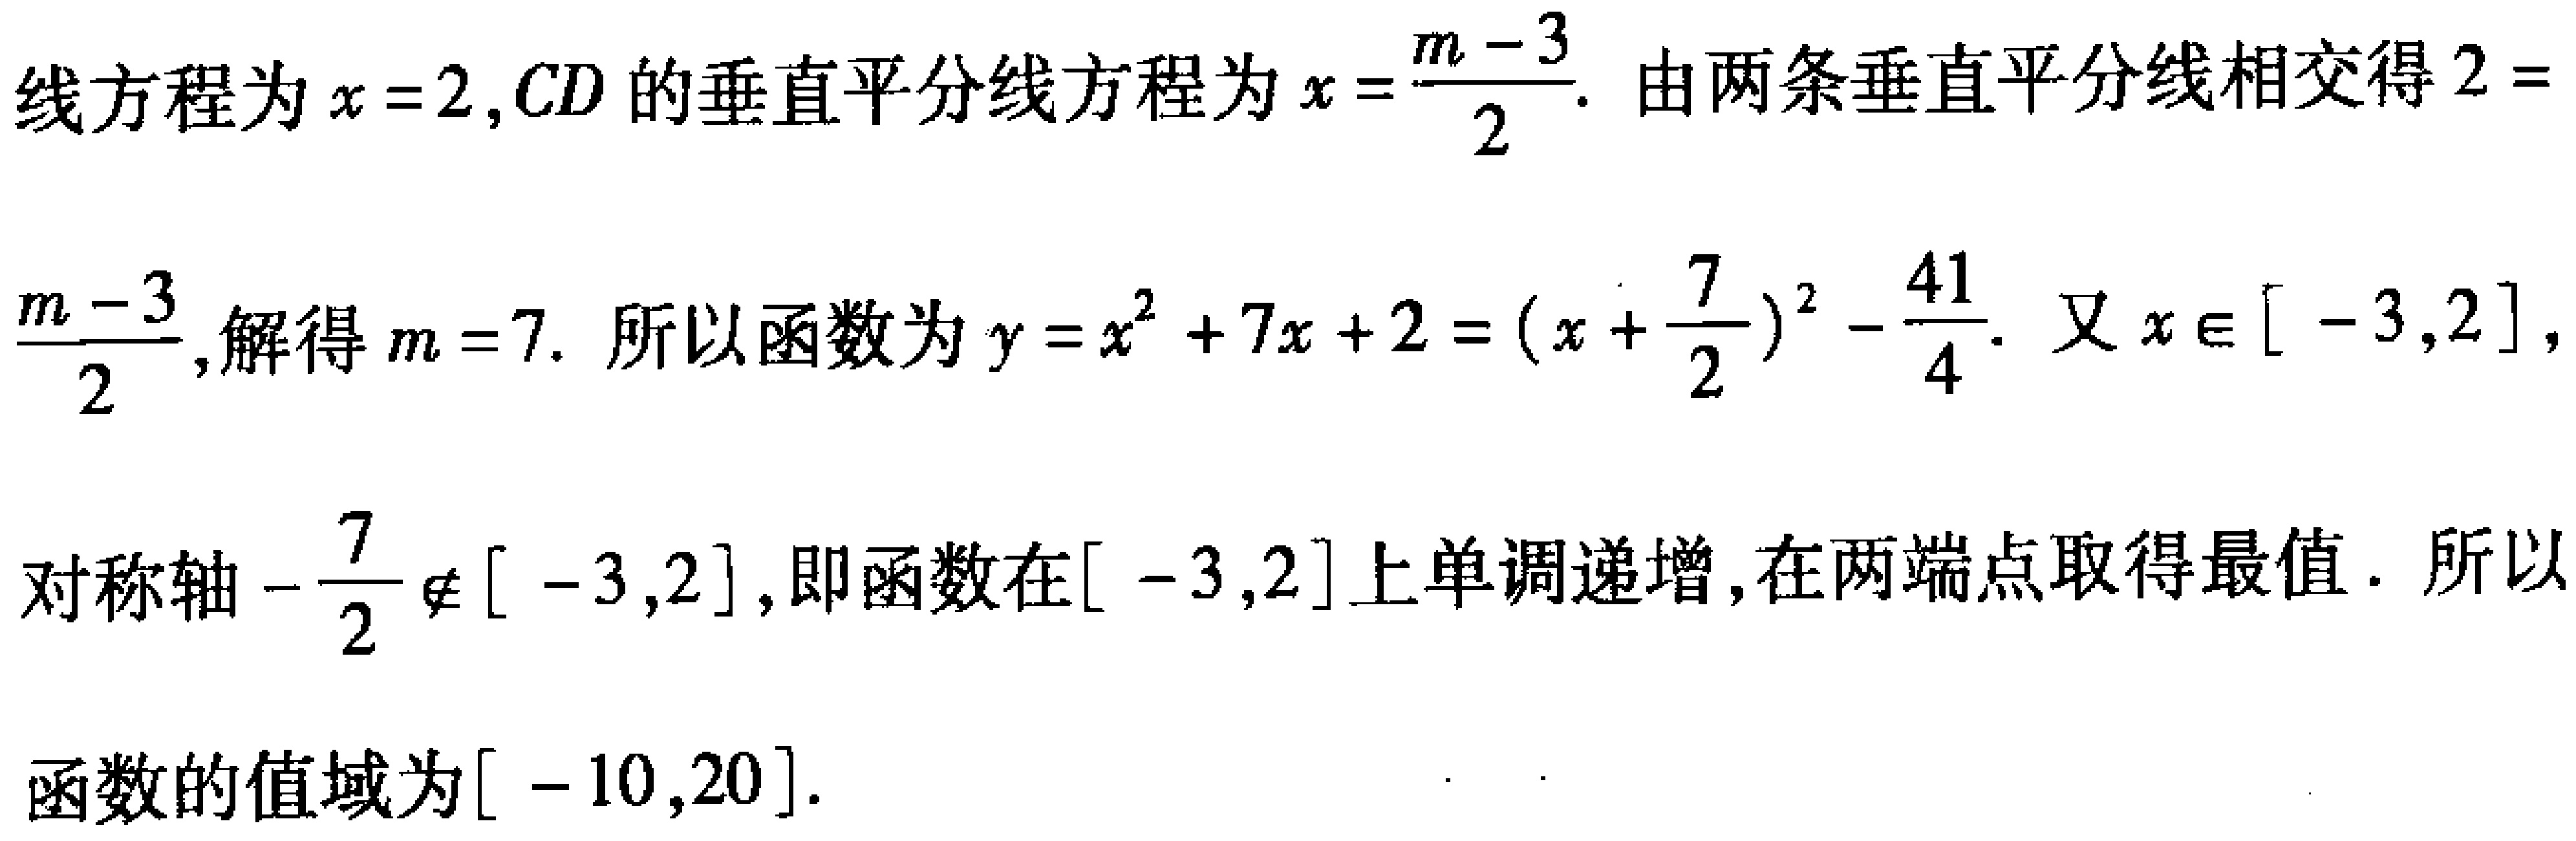
线方程为\(x = 2,CD\)的垂直平分线方程为\(x=\frac{m - 3}{2}\). 由两条垂直平分线相交得\(2 = \frac{m - 3}{2}\),解得\(m = 7\). 所以函数为\(y = x^{2}+7x + 2=(x+\frac{7}{2})^{2}-\frac{41}{4}\). 又\(x\in[-3,2]\),对称轴\(-\frac{7}{2}\notin[-3,2]\),即函数在\([-3,2]\)上单调递增,在两端点取得最值. 所以函数的值域为\([-10,20]\).